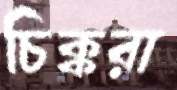
চিক্করা